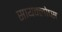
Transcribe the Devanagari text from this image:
सायक्लोप्स